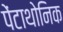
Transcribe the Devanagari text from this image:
पेंटाथोनिक